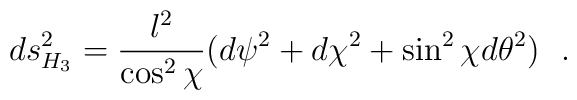
ds^2_{H_3}={l^2\over \cos^2 \chi }(d\psi^2+d\chi^2+\sin^2 \chi d\theta^2 )~~.